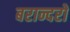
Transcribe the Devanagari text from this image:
बरान्दरो